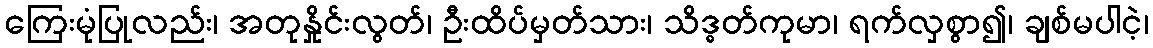
ကြေးမုံပြုလည်း၊ အတုနှိုင်းလွတ်၊ ဦးထိပ်မှတ်သား၊ သိဒ္ဓတ်ကုမာ၊ ရက်လှစွာ၍၊ ချစ်မပါငဲ့၊